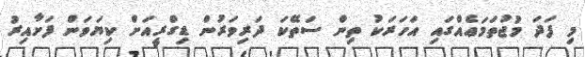
މި ފަދަ މުޖުތަމަޢެއްގައި އަހަރަކު ތިން ސަތޭކަ ދަރިވަރުން ޑިގްރީއަށް ކިޔަވަން ފަށާއިރު